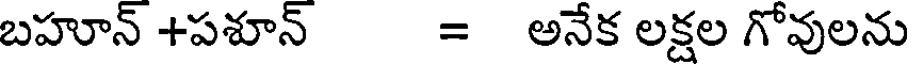
బహూన్ +పశూన్ = అనేక లక్షల గోవులను